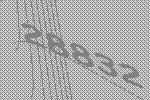
28832